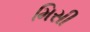
મિસી